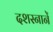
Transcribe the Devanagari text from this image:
दशस्नानें